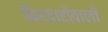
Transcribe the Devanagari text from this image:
किरदारोंवाली